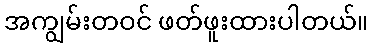
အကျွမ်းတဝင် ဖတ်ဖူးထားပါတယ်။